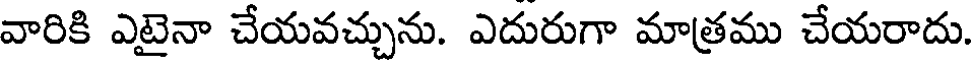
వారికి ఎటైనా చేయవచ్చును. ఎదురుగా మాత్రము చేయరాదు.